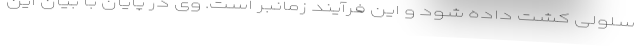
سلولی کشت داده شود و این فرآیند زمانبر است. وی در پایان با بیان این